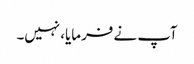
آپ نے فرمایا، نہیں۔